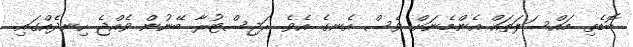
ބޮޑެތި މައްސަލަތައް އެންމެނަށް ވެސް އެނގެ އެވެ. ރަޖިސްޓުރާ ބޭނުން ވެއްޖެ ހިނދެއްގައި